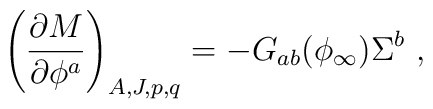
\left( {\partial M \over \partial \phi^a}\right)_{A, J, p,q} = -G_{ab}(\phi_{\infty}) \Sigma ^b\ ,